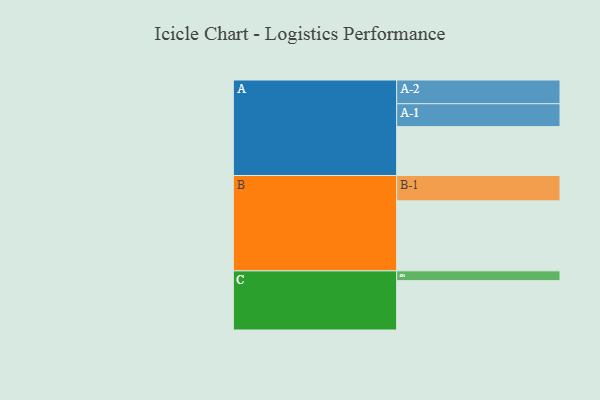
{"axis": {"x": "Segment", "y": "Value"}, "legend": ["", "A", "B", "C"], "data": [{"x": "A", "y": 414, "type": ""}, {"x": "B", "y": 593, "type": ""}, {"x": "C", "y": 418, "type": ""}, {"x": "A-1", "y": 194, "type": "A"}, {"x": "A-2", "y": 201, "type": "A"}, {"x": "B-1", "y": 215, "type": "B"}, {"x": "C-1", "y": 83, "type": "C"}]}